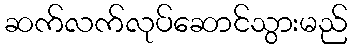
ဆက်လက်လုပ်ဆောင်သွားမည်